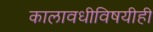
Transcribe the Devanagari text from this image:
कालावधीविषयीही